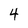
Character: 4